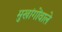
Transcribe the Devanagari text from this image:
मुखांगोंवाले